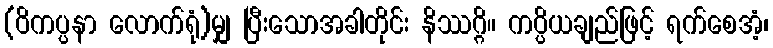
(ဝိကပ္ပနာ လောက်ရုံ)မျှ ပြီးသောအခါတိုင်း နိဿဂ္ဂိ။ ကပ္ပိယချည်ဖြင့် ရက်စေအံ့၊